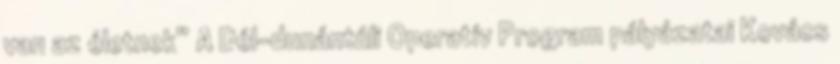
van az életnek” A Dél-dunántúli Operatív Program pályázatai Kovács